Indian journal of veterinary science and animal husbandry - Volume 5,
Year: 1935
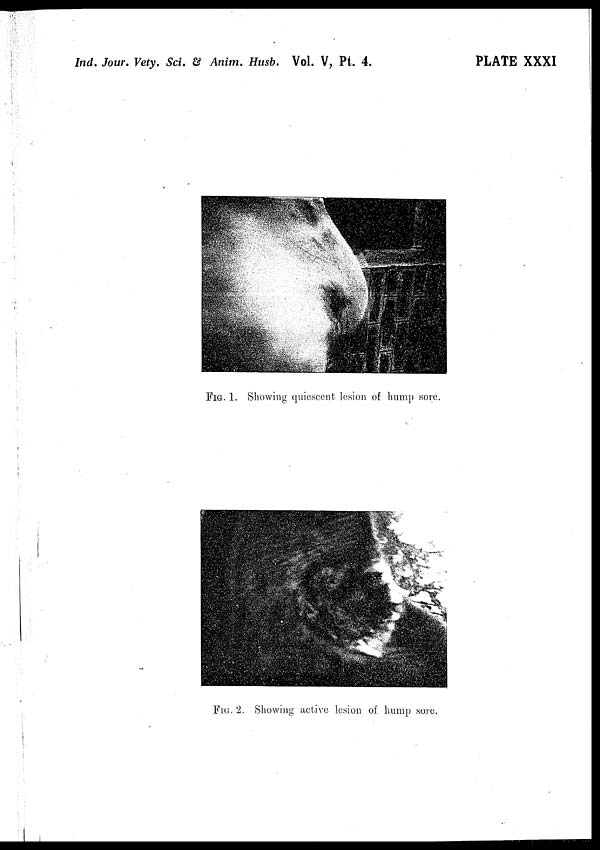
Ind. Jour. Vety. Sci. & Anim. Husb. Vol. V, Pt. 4.
PLATE XXXI
FIG. 1. Showing quiescent lesion of hump sore.
FIG. 2. Showing active lesion of hump sore.